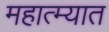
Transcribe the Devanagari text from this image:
महात्म्यात